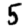
Digit: 5